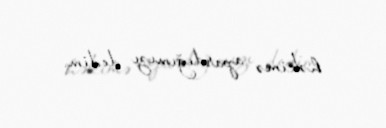
həkimə apardığımızı dedim.